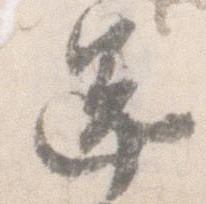
還